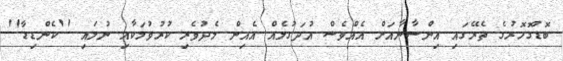
ބޮޑުގޮހޮރުގެ ތެރޭގައި އިންސާނާއަށް އެއްވެސް އުދަގުލެއް އެއިން މެދުވެރި ކުރުވުމަކާއި ނުލައި ''ކެންޑިޑާ''